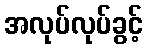
အလုပ်လုပ်ခွင့်